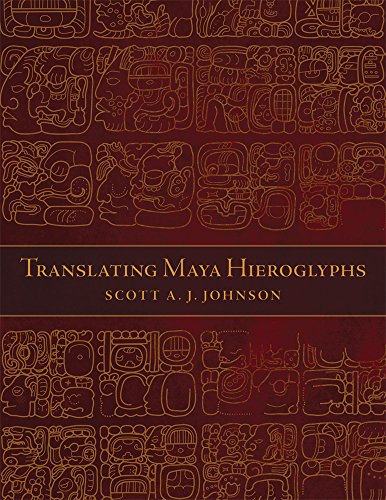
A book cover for Translating Maya Hieroglyphs; Scott A. J. Johnson; History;